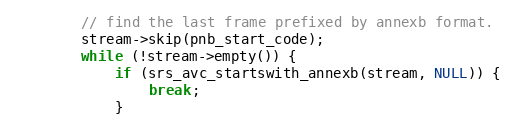
Language: C++
        // find the last frame prefixed by annexb format.
        stream->skip(pnb_start_code);
        while (!stream->empty()) {
            if (srs_avc_startswith_annexb(stream, NULL)) {
                break;
            }